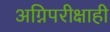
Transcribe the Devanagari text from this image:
अग्निपरीक्षाही